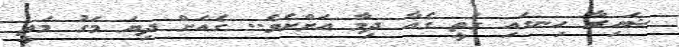
ޝައިރާ ހިނގައި ގަތީ ގެއާ ދިމާ އަށްށެވެ.. ގެއަށް ދިޔަ މަގު މަތީ